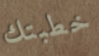
خطبتك